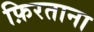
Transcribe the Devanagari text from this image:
फ़िरताना